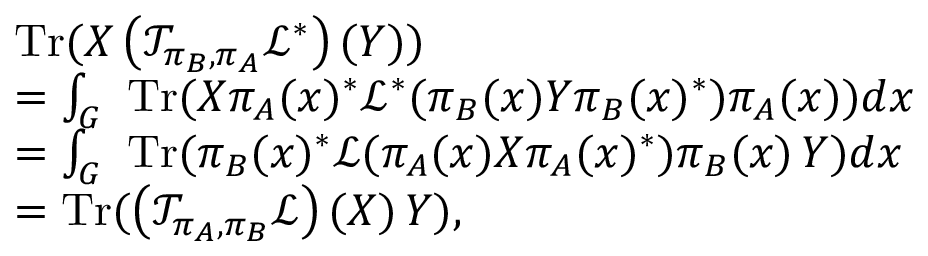
\begin{array} { r l } & { \mathrm { T r } ( X \left( \mathcal { T } _ { \pi _ { B } , \pi _ { A } } \mathcal { L } ^ { * } \right) ( Y ) ) } \\ & { = \int _ { G } \mathrm { ~ T r } ( X \pi _ { A } ( x ) ^ { * } \mathcal { L } ^ { * } ( \pi _ { B } ( x ) Y \pi _ { B } ( x ) ^ { * } ) \pi _ { A } ( x ) ) d x } \\ & { = \int _ { G } \mathrm { ~ T r } ( \pi _ { B } ( x ) ^ { * } \mathcal { L } ( \pi _ { A } ( x ) X \pi _ { A } ( x ) ^ { * } ) \pi _ { B } ( x ) \, Y ) d x } \\ & { = \mathrm { T r } ( \left( \mathcal { T } _ { \pi _ { A } , \pi _ { B } } \mathcal { L } \right) ( X ) \, Y ) , } \end{array}